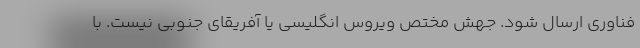
فناوری ارسال شود. جهش مختص ویروس انگلیسی یا آفریقای جنوبی نیست. با